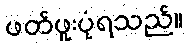
ဖတ်ဖူးပုံရသည်။